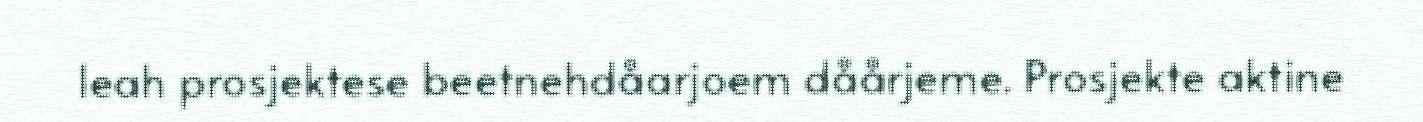
leah prosjektese beetnehdåarjoem dåårjeme. Prosjekte aktine